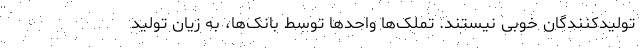
تولیدکنندگان خوبی نیستند. تملک‌ها واحدها توسط بانک‌ها، به زیان تولید